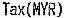
TAX(MYR)